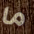
ما